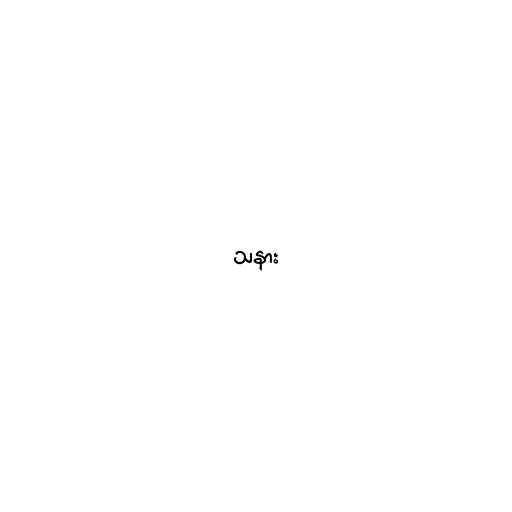
သနား